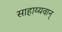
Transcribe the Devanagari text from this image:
साहाय्यवान्